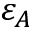
\varepsilon _ { A }